Insane asylums in Bengal annual reports 1867-1875 - 1867-1875
Year: 1867
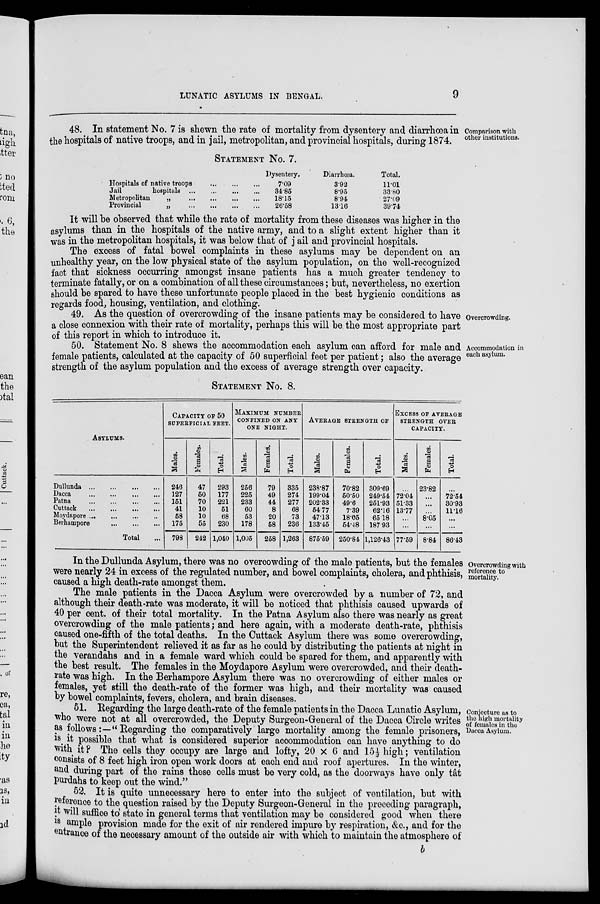
LUNATIC ASYLUMS IN BENGAL.
9
Comparison with
other institutions.
48. In statement No. 7 is shewn the rate of mortality from dysentery and diarrhœa in
the hospitals of native troops, and in jail, metropolitan, and provincial hospitals, during 1874.
STATEMENT No. 7.
Hospitals of native troops
...
...
...
Jail
hospitals
...
...
...
...
Metropolitan
„
...
...
...
...
Provincial
„
...
...
...
...
Dysentery.
7.09
34.85
18.15
26.58
Diarrhœa.
3.92
8.95
8.94
13.16
Total.
11.01
33.80
27.09
39.74
It will be observed that while the rate of mortality from these diseases was higher in the
asylums than in the hospitals of the native army, and to a slight extent higher than it
was in the metropolitan hospitals, it was below that of jail and provincial hospitals.
The excess of fatal bowel complaints in these asylums may be dependent on an
unhealthy year, on the low physical state of the asylum population, on the well-recognized
fact that sickness occurring amongst insane patients has a much greater tendency to
terminate fatally, or on a combination of all these circumstances; but, nevertheless, no exertion
should be spared to have these unfortunate people placed in the best hygienic conditions as
regards food, housing, ventilation, and clothing.
Overcrowding.
49. As the question of overcrowding of the insane patients may be considered to have
a close connexion with their rate of mortality, perhaps this will be. the most appropriate part
of this report in which to introduce it.
Accommodation in
each asylum.
50. Statement No. 8 shews the accommodation each asylum can afford for male and
female patients, calculated at the capacity of 50 superficial feet per patient; also the average
strength of the asylum population and the excess of average strength over capacity.
STATEMENT NO. 8.
ASYLUMS.
Dullunda
...
...
...
...
Dacca
...
...
...
...
Patna
...
...
...
...
Cuttack
...
...
...
...
Moydapore
...
...
...
...
Berhampore
...
...
...
...
Total ...
CAPACITY OF 50
SUPERFICIAL FEET.
Males.
246
127
151
41
58
175
798
Females.
47
50
70
10
10
55
242
Total.
293
177
221
51
68
230
1,040
MAXIMUM NUMBER
CONFINED ON ANY
ONE NIGHT.
Males.
256
225
233
60
53
178
1,005
Females.
79
49
44
8
20
58
258
Total.
335
274
277
68
73
236
1,263
AVERAGE STRENGTH OF
Males.
238.87
199.04
202.33
54.77
47.13
133.45
875.59
Females.
70.82
50.50
49.6
7.39
18.05
54.48
250.84
Total.
309.69
249.54
251.93
62.16
65.18
187.93
1,126.43
EXCESS OF AVERAGE
STRENGTH OVER
CAPACITY.
Males.
...
72.04
51.33
13.77
...
...
77.59
Females.
23.82
...
...
...
8.05
...
8.84
Total.
...
72.54
30.93
11.16
...
...
86.43
Overcrowding with
reference to
mortality.
In the Dullunda Asylum, there was no overcowding of the male patients, but the females
were nearly 24 in excess of the regulated number, and bowel complaints, cholera, and phthisis,
caused a high death-rate amongst them.
The male patients in the Dacca Asylum were overcrowded by a number of 72, and
although their death-rate was moderate, it will be noticed that phthisis caused upwards of
40 per cent. of their total mortality. In the Patna Asylum also there was nearly as great
overcrowding of the male patients; and here again, with a moderate death-rate, phthisis
caused one-fifth of the total deaths. In the Cuttack Asylum there was some overcrowding,
but the Superintendent relieved it as far as he could by distributing the patients at night in
the verandahs and in a female ward which could be spared for them, and apparently with
the best result. The females in the Moydapore Asylum were overcrowded, and their death-
rate was high. In the Berhampore Asylum there was no overcrowding of either males or
females, yet still the death-rate of the former was high, and their mortality was caused
by bowel complaints, fevers, cholera, and brain diseases.
Conjecture as to
the high mortality
of females in the
Dacca Asylum.
51. Regarding the large death-rate of the female patients in the Dacca Lunatic Asylum,
who were not at all overcrowded, the Deputy Surgeon-General of the Dacca Circle writes
as follows:—" Regarding the comparatively large mortality among the female prisoners,
is it possible that what is considered superior accommodation can have anything to do
with it? The cells they occupy are large and lofty, 20 × 6 and 15½ high; ventilation
consists of 8 feet high iron open work doors at each end and roof apertures. In the winter,
and during part of the rains these cells must be very cold, as the doorways have only tât
Purdahs to keep out the wind."
52. It is quite unnecessary here to enter into the subject of ventilation, but with
reference to the question raised by the Deputy Surgeon-General in the preceding paragraph,
it will suffice to state in general terms that ventilation may be considered good when there
is ample provision made for the exit of air rendered impure by respiration, &c., and for the
entrance of the necessary amount of the outside air with which to maintain the atmosphere of
b